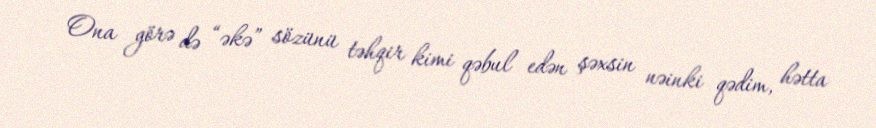
Ona görə də “əkə” sözünü təhqir kimi qəbul edən şəxsin nəinki qədim, hətta